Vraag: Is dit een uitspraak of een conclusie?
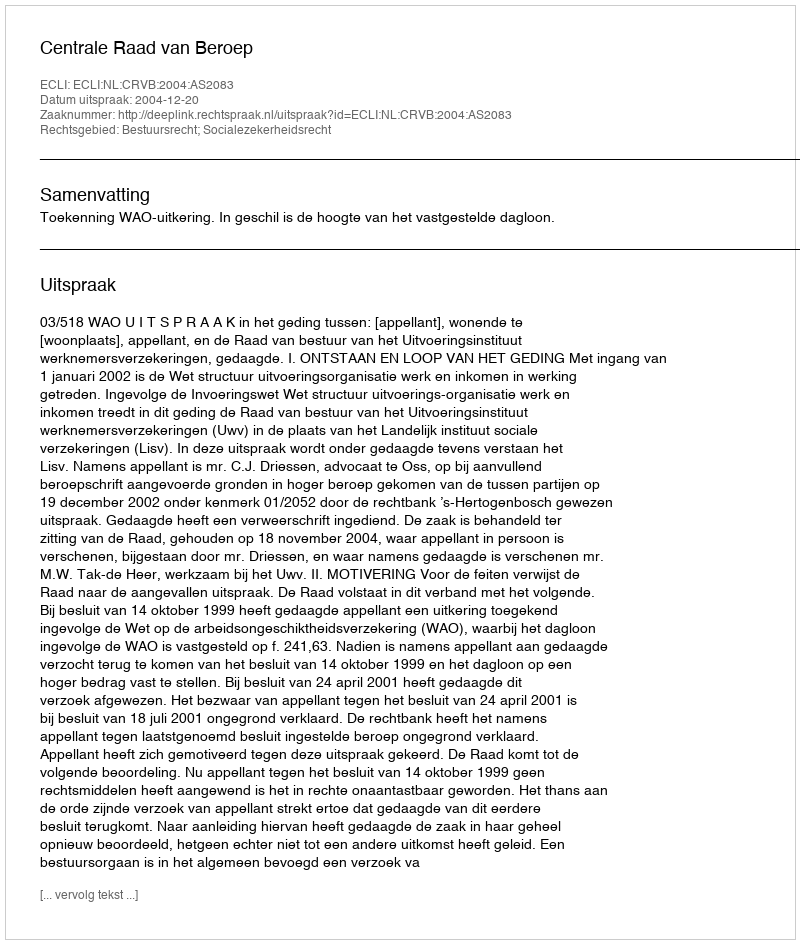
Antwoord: Uitspraak